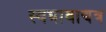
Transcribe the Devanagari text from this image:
स्वभावाद्यत्र